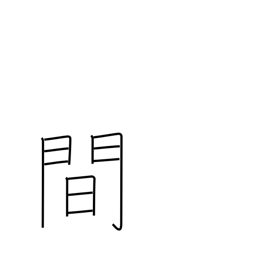
Meaning: space